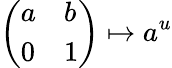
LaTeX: {\left(\begin{array}{ll}{a}&{b}\\ {0}&{1}\end{array}\right)}\mapsto a^{u}